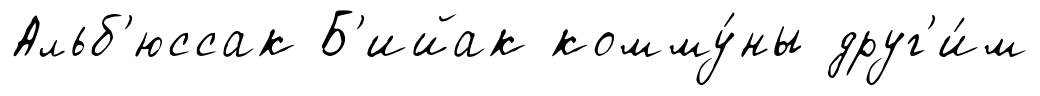
Альб'юссак Б'ийак комму́ны друг'и́м